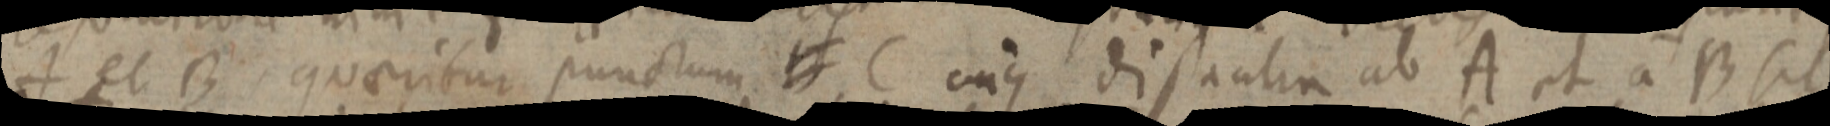
A et B quaeritur punctum _ C cujus distantia ab A et a B sit